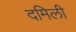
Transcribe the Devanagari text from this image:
दमिली